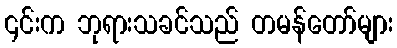
၎င်းက ဘုရားသခင်သည် တမန်တော်များ